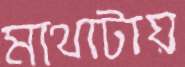
মাথাটায়